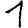
Digit: 1